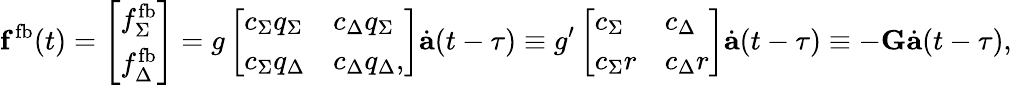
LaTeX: \mathbf{f}^{\mathrm{fb}}(t)=\left[\begin{array}{l}{f_{\Sigma}^{\mathrm{fb}}}\\ {f_{\Delta}^{\mathrm{fb}}}\end{array}\right]=g\left[\begin{array}{ll}{c_{\Sigma}q_{\Sigma}}&{c_{\Delta}q_{\Sigma}}\\ {c_{\Sigma}q_{\Delta}}&{c_{\Delta}q_{\Delta},}\end{array}\right]\dot{\mathbf{a}}(t-\tau)\equiv g^{\prime}\left[\begin{array}{ll}{c_{\Sigma}}&{c_{\Delta}}\\ {c_{\Sigma}r}&{c_{\Delta}r}\end{array}\right]\dot{\mathbf{a}}(t-\tau)\equiv-\mathbf{G}\dot{\mathbf{a}}(t-\tau),